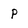
Character: P